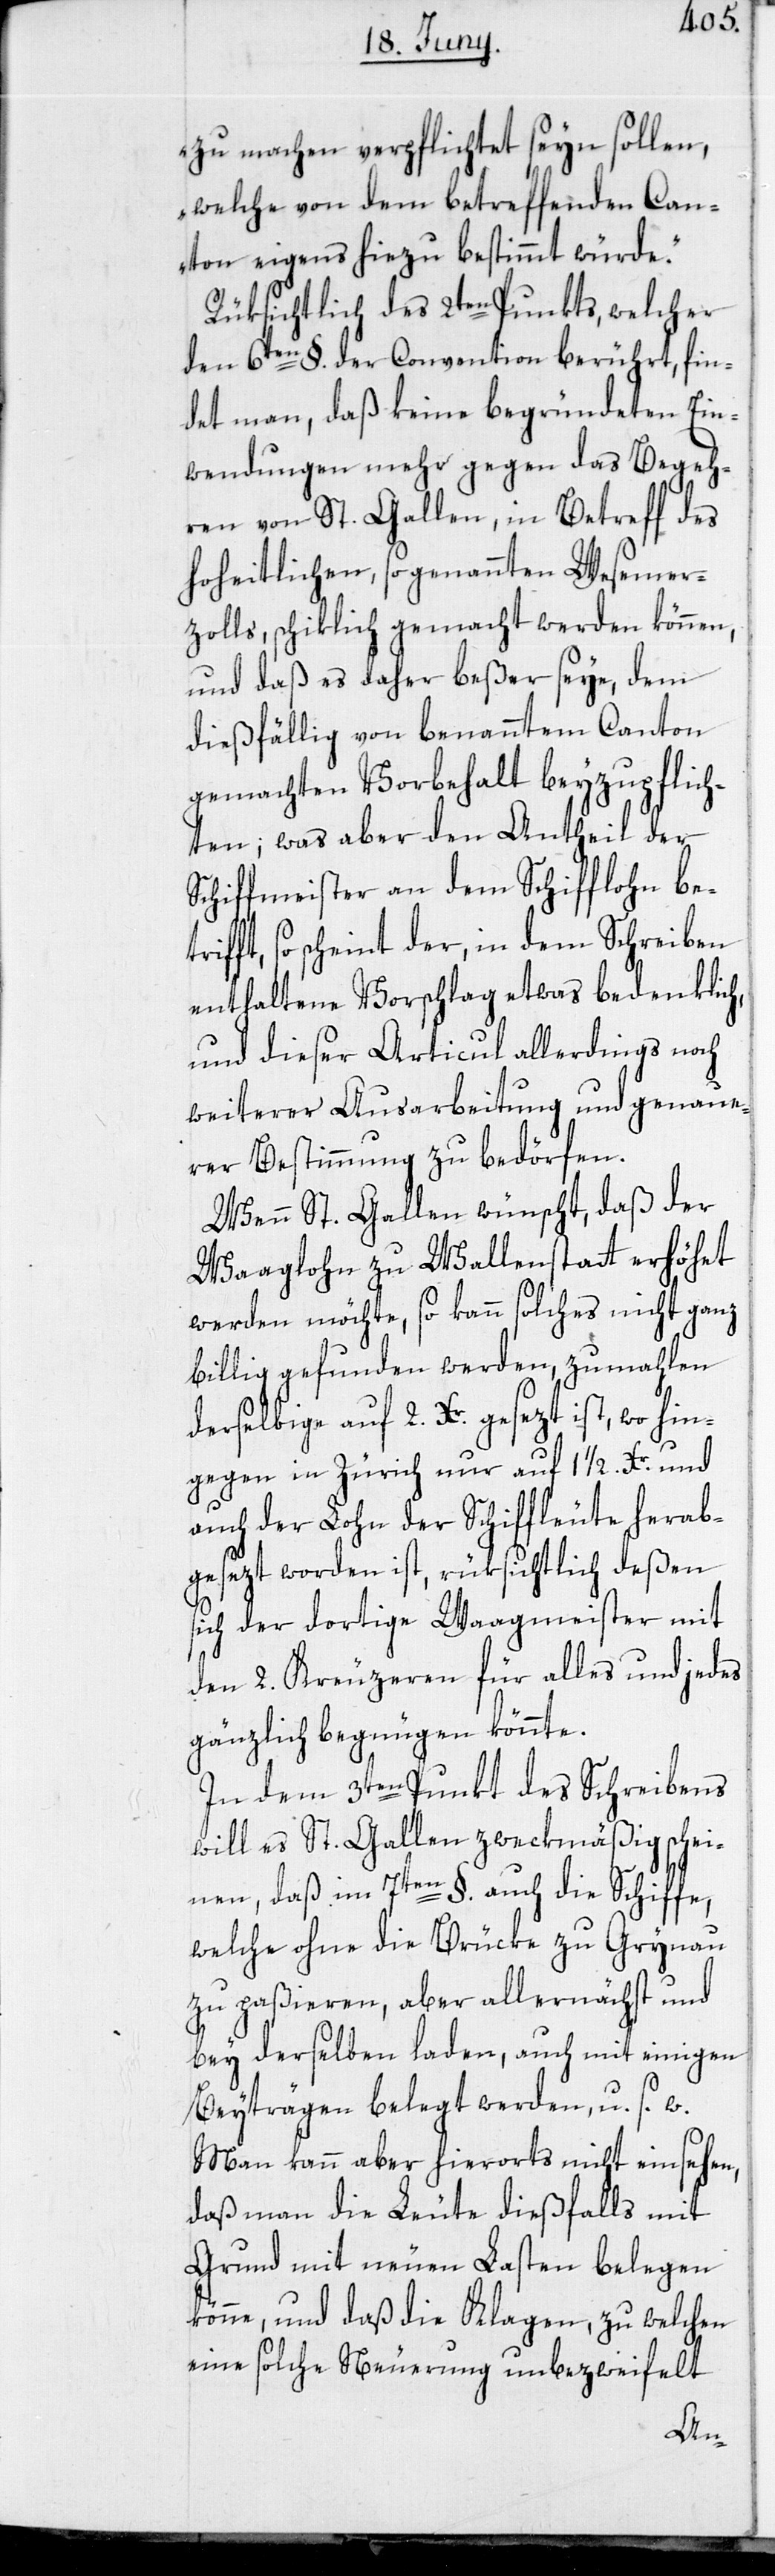
zu machen verpflichtet sein sollen,
welche von dem betreffenden Can¬
ton eigens hiezu bestimmt würde.“
Rüksichtlich des 2ten Punkts, welcher
den 6ten §. der Convention berührt, fin¬
det man, daß keine begründeten Ein¬
wendungen mehr gegen das Begeh¬
ren von St. Gallen, in Betreff des
hoheitlichen, sogenannten Wesemer¬
zolls, schiklich gemacht werden können,
und daß es daher beßer seye, dem
dießfällig von benanntem Canton
gemachten Vorbehalt beyzupflich¬
ten; was aber den Antheil der
Schiffmeister an dem Schifflohn bet¬
rifft, so scheint der, in dem Schreiben
enthaltene Vorschlag etwas bedenklich,
und dieser Articul allerdings noch
weiterer Ausarbeitung und genaue¬
rer Bestimmung zu bedörfen.
Wenn St. Gallen wünscht, daß der
Waaglohn zu Wallenstatt erhöhet
werden möchte, so kann solches nicht ganz
billig gefunden werden, zumahlen
derselbige auf 2. Xr. gesezt ist, wo hin¬
gegen in Zürich nur auf 1 1/2. Xr. und
auch der Lohn der Schiffleute herab¬
gesezt worden ist, rüksichtlich deßen
sich der dortige Waagmeister mit
den 2. Kreuzeren für alles und jedes
gänzlich begnügen könnte.
In dem 3ten Punkt des Schreibens
will es St. Gallen zweckmäßig schei¬
nen, daß im 7ten §. auch die Schiffe,
welche ohne die Brücke zu Grynau
zu paßieren, aber allernächst und
bey derselben laden, auch mit einigen
Beyträgen belegt werden, u. s. w.
Man kann aber hierorts nicht einsehen,
daß man die Leute dießfalls mit
Grund mit neuen Lasten belegen
könne, und daß die Klagen, zu welchen
eine solche Neuerung unbezweifelt